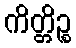
ကိတ္တိဉ္စ